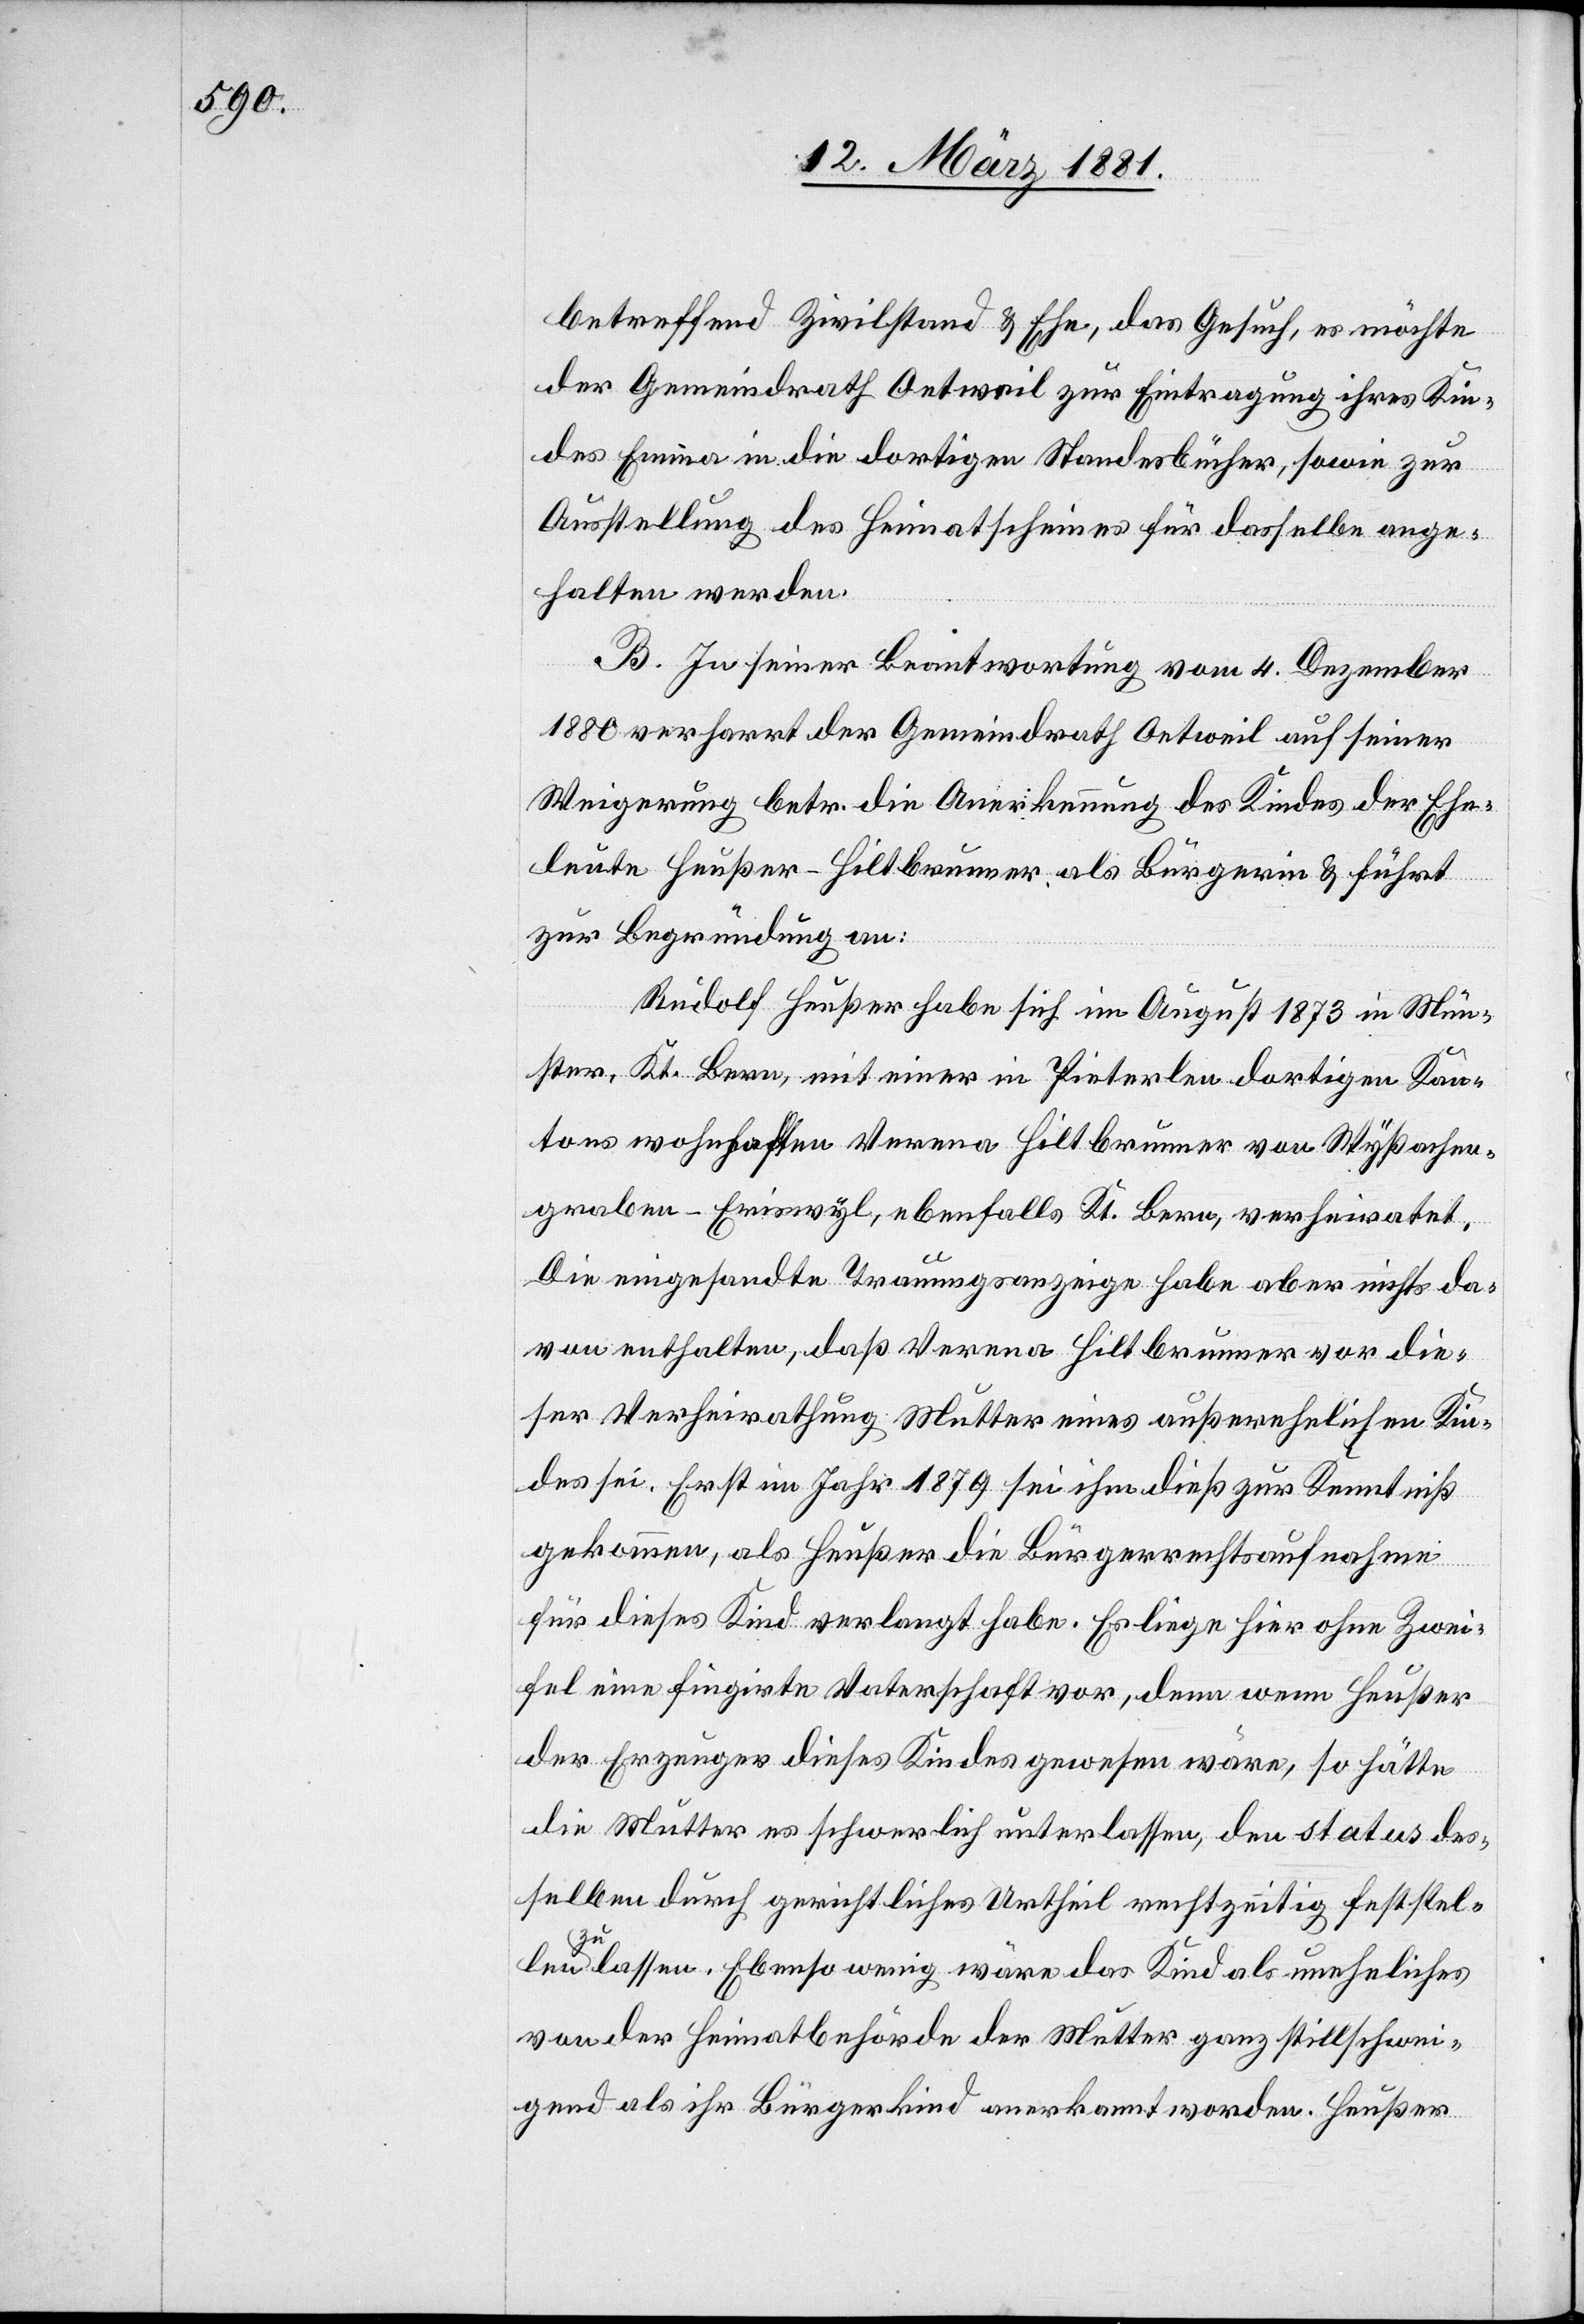
betreffend Zivilstand & Ehe, das Gesuch, es möchte
der Gemeindrath Oetweil zur Eintragung ihres Kin¬
des Emma in die dortigen Standesbücher, sowie zur
Ausstellung des Heimatscheines für dasselbe ange¬
halten werden.
B. In seiner Beantwortung vom 4. Dezember
1880 verharrt der Gemeindrath Oetweil auf seiner
Weigerung betr. die Anerkennung des Kindes der Ehe¬
leute Heußer-Hiltbrunner als Bürgerin & führt
zur Begründung an:
Rudolf Heußer habe sich im August 1873 in Mün¬
ster, Kt. Bern, mit einer in Pieterlen dortigen Kan¬
tons wohnhaften Verena Hiltbrunner von Wyßachen¬
graben - Eriswyl, ebenfalls Kt. Bern, verheiratet,
Die eingesandte Trauungsanzeige habe aber nichts da¬
von enthalten, daß Verena Hiltbrunner vor die¬
ser Verheirathung Mutter eines außerehelichen Kin¬
des sei. Erst im Jahr 1879 sei ihm dieß zur Kenntniß
gekommen, als Heußer die Bürgerrechtaufnahme
für dieses Kind verlangt habe. Es liege hier ohne Zwei¬
fel eine fingirte Vaterschaft vor, denn wenn Heußer
der Erzeuger dieses Kindes gewesen wäre, so hätte
die Mutter es schwerlich unterlassen, den status des¬
selben durch gerichtliches Urtheil rechtzeitig feststell¬
en
zu lassen. Ebenso wenig wäre das Kind als uneheliches
von der Heimatbehörde der Mutter ganz stillschwei¬
gend als ihr Bürgerkind anerkannt worden. Heußer